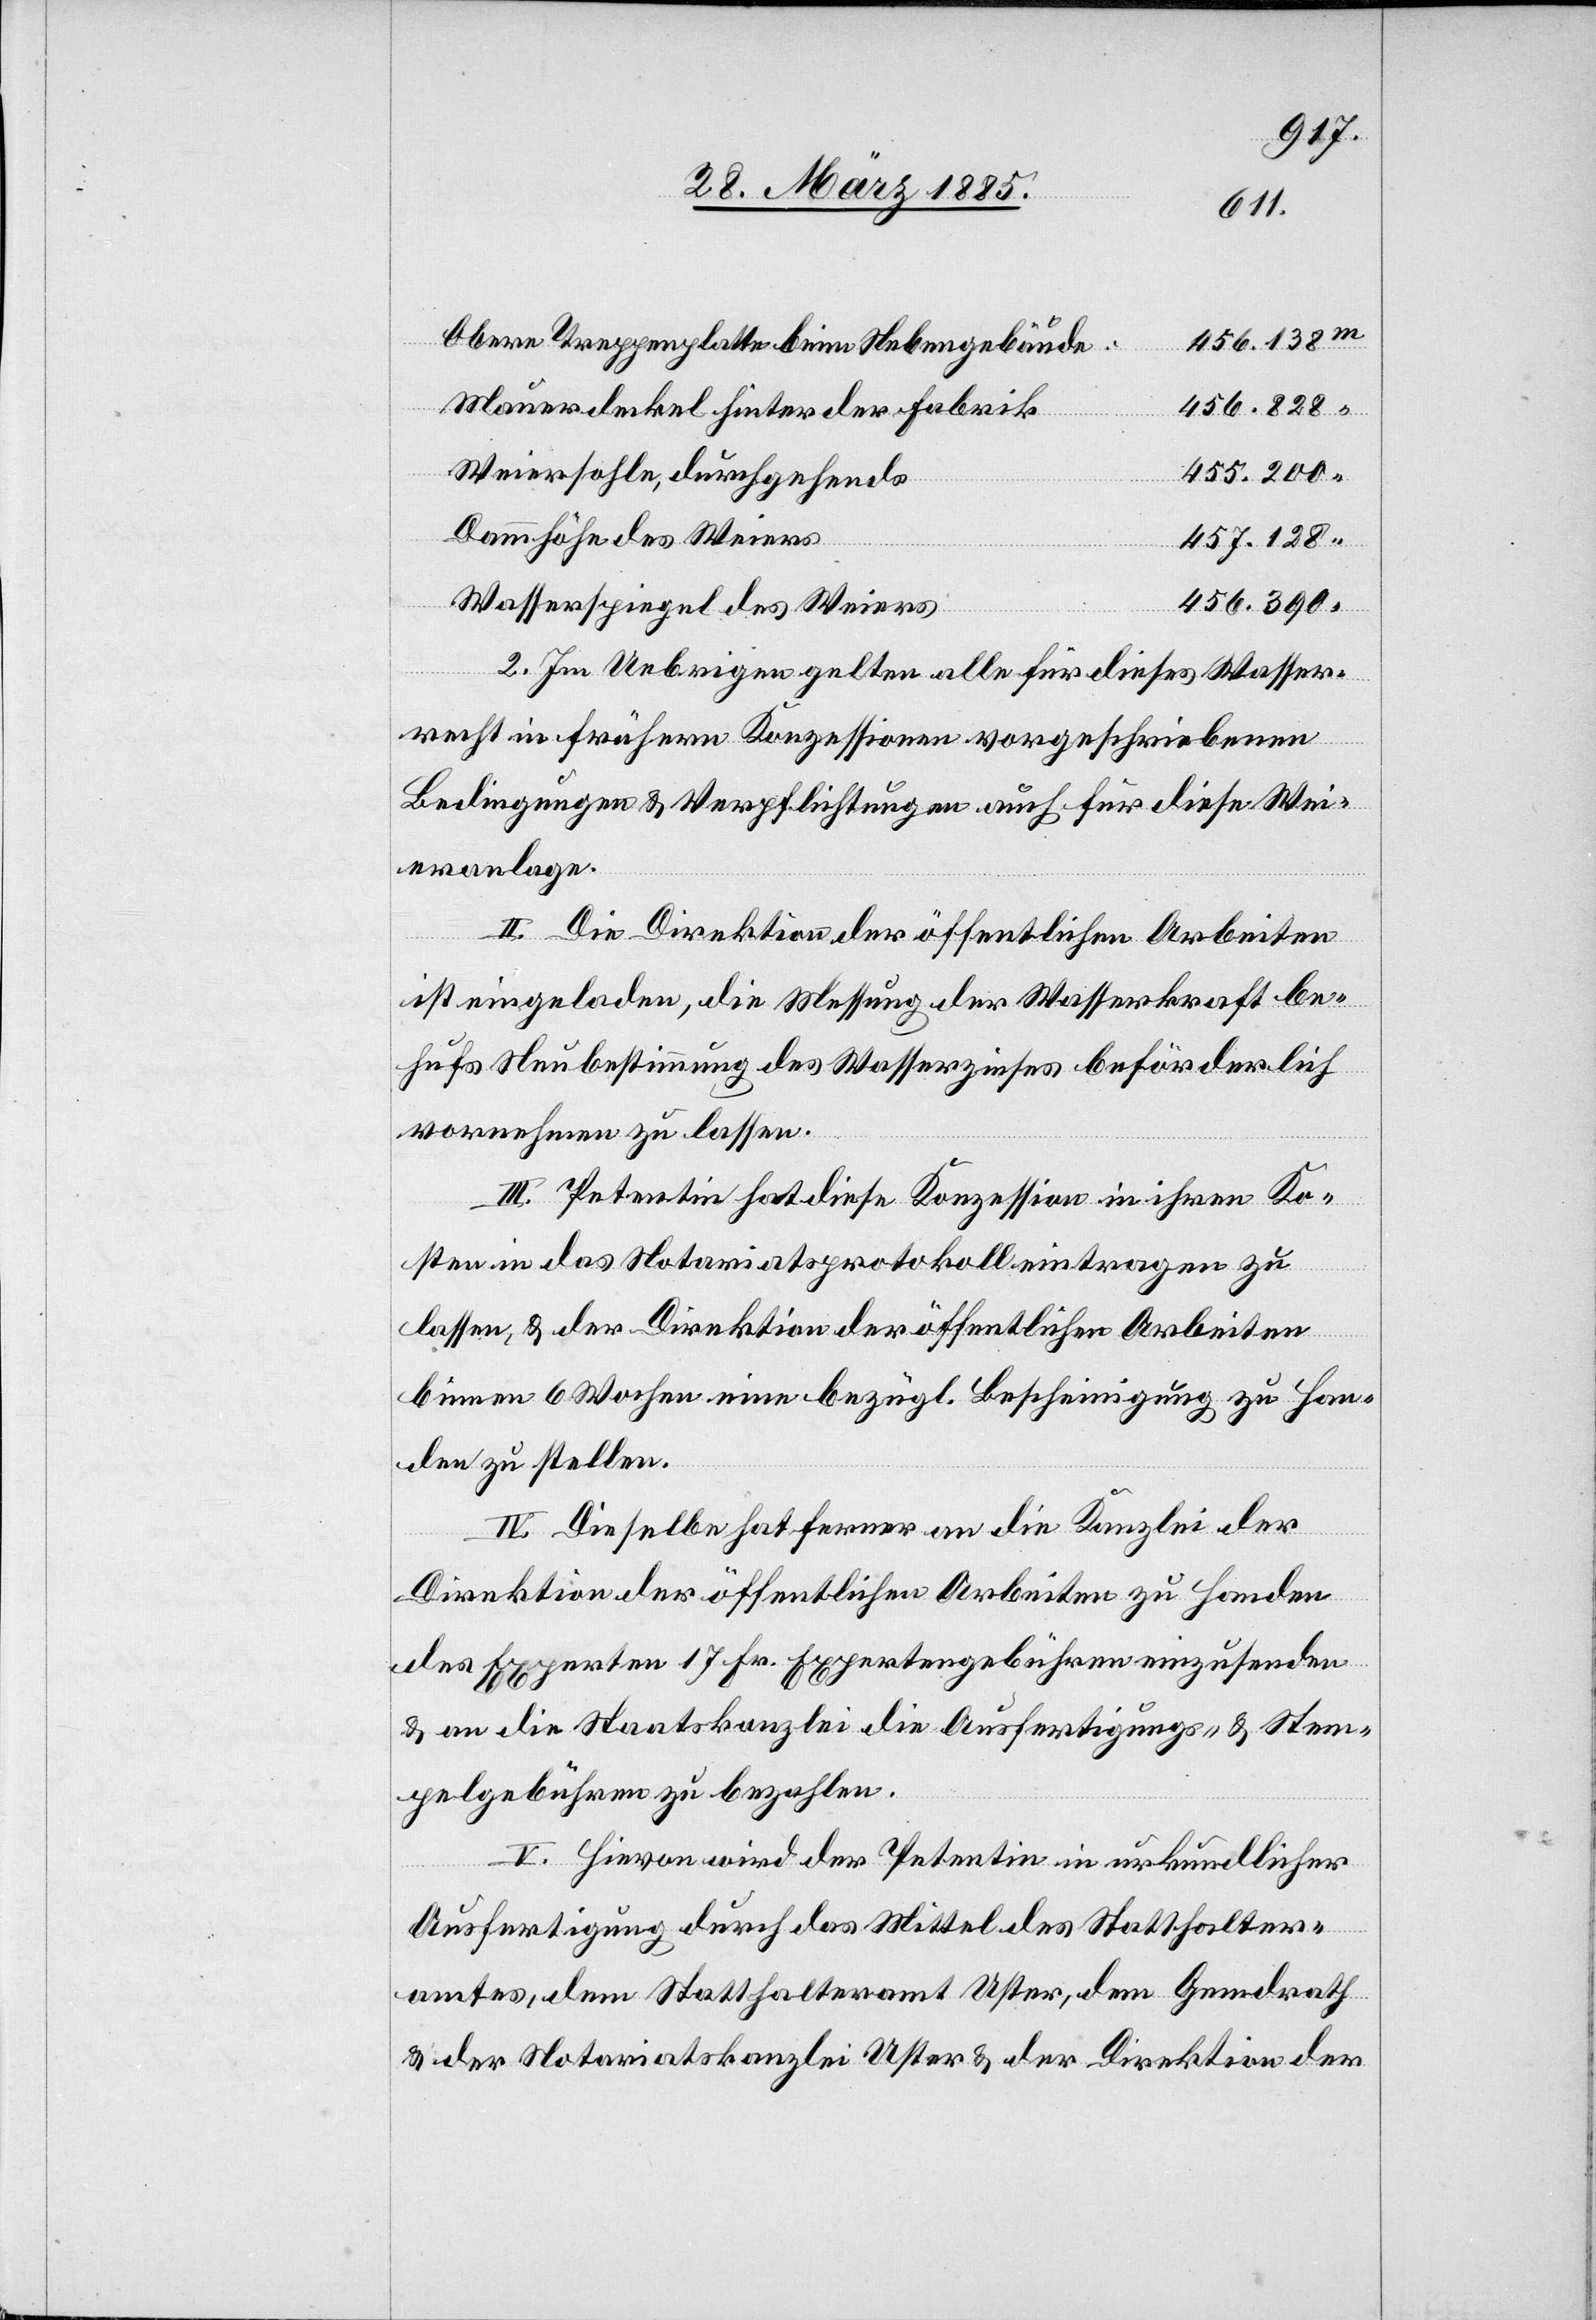
Obere Treppenplatte beim Nebengebäude:
456.828
Mauerdeckel hinter der Fabrik
Weiersohle, durchgehends
455.200
Dammhöhe des Weiers
457.128
456.390
Wasserspiegel des Weiers
“
2. Im Uebrigen gelten alle für dieses Wasser¬
recht in frühern Konzessionen vorgeschriebenen
Bedingungen & Verpflichtungen auch für diese Wei¬
eranlage.
II. Die Direktion der öffentlichen Arbeiten
ist eingeladen, die Messung der Wasserkraft be¬
hufs Neubestimmung des Wasserzinses beförderlich
vornehmen zu lassen.
III. Petentin hat diese Konzession in ihren Ko¬
sten in das Notariatsprotokoll eintragen zu
lassen, & der Direktion der öffentlichen Arbeiten
binnen 6 Wochen eine bezügl. Bescheinigung zu Han¬
den zu stellen.
IV. Dieselbe hat ferner an die Kanzlei der
Direktion der öffentlichen Arbeiten zu Handen
des Experten 17 Fr. Expertengebühren einzusenden
& an die Staatskanzlei die Ausfertigungs- & Stem¬
pelgebühren zu bezahlen.
V. Hievon wird der Petentin in urkundlicher
Ausfertigung durch das Mittel des Statthalter¬
amtes, dem Statthalteramt Uster, dem Gemdrath
& der Notariatskanzlei Uster & der Direktion der